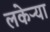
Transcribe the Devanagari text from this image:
लकेऱ्या